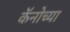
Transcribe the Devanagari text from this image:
कॅनोच्या